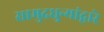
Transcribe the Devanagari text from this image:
सामुद्रधुन्यांद्वारे